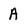
Character: A